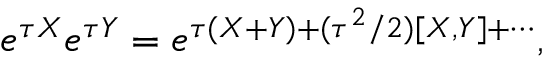
e ^ { \tau X } e ^ { \tau Y } = e ^ { \tau ( X + Y ) + ( \tau ^ { 2 } / 2 ) [ X , Y ] + \cdots } ,